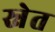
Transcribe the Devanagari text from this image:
स्नेत